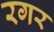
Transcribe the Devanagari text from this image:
रगर